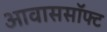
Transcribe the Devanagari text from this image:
आवाससॉफ्ट